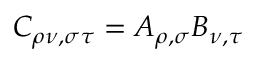
C _ { \rho \nu , \sigma \tau } = A _ { \rho , \sigma } B _ { \nu , \tau }